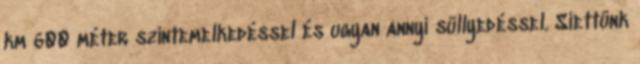
km 600 méter szintemelkedéssel és ugyan annyi süllyedéssel. Siettünk